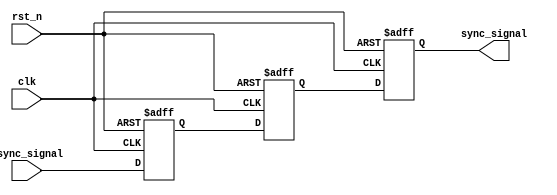
module meta_stability_filter (
    input wire clk,              // Clock signal
    input wire async_signal,     // Asynchronous input signal
    input wire rst_n,            // Active low asynchronous reset
    output reg sync_signal        // Synchronized output signal
);

    // Internal flip-flop signals
    reg ff1, ff2;

    // Dual flip-flop structure
    always @(posedge clk or negedge rst_n) begin
        if (!rst_n) begin
            ff1 <= 1'b0;          // Initialize FF1 to 0 on reset
            ff2 <= 1'b0;          // Initialize FF2 to 0 on reset
            sync_signal <= 1'b0;   // Initialize output to 0 on reset
        end else begin
            ff1 <= async_signal;   // Sample async_signal in FF1
            ff2 <= ff1;            // Sample FF1 output in FF2
            sync_signal <= ff2;    // Output the synchronized signal
        end
    end

endmodule